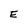
Character: E